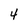
Character: 4